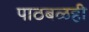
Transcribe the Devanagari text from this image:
पाठबळही